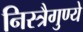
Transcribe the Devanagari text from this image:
निस्त्रैगुण्ये